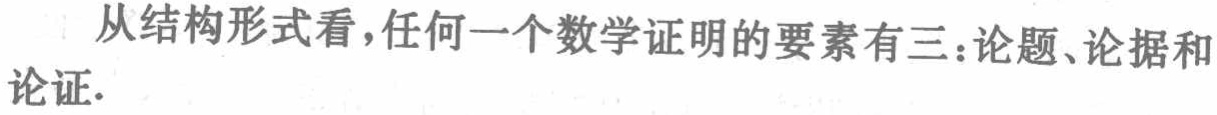
从结构形式看，任何一个数学证明的要素有三：论题、论据和论证.